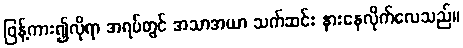
ဖြန့်ကား၍လိုရာ အရပ်တွင် အသာအယာ သက်ဆင်း နားနေလိုက်လေသည်။